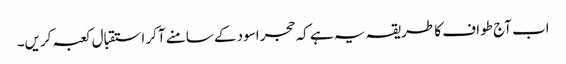
اب آج طواف کا طریقہ یہ ہے کہ حجر اسود کے سامنے آکر استقبال کعبہ کریں۔